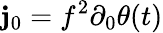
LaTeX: \mathbf{j}_{0}=f^{2}\partial_{0}\theta(t)